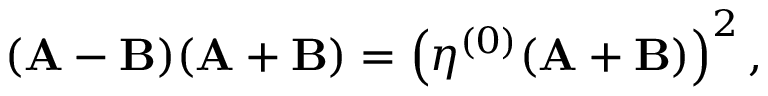
( \mathbf { A } - \mathbf { B } ) ( \mathbf { A } + \mathbf { B } ) = \left( \eta ^ { ( 0 ) } ( \mathbf { A } + \mathbf { B } ) \right) ^ { 2 } ,